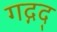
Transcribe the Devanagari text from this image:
गद्गद्